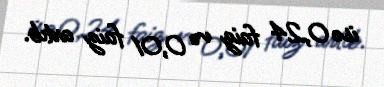
isə 0,24 faiz və 0,01 faiz artıb.